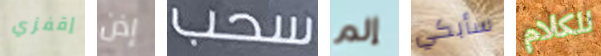
إقفزي إذن سحب إلم سأبكي للكلام